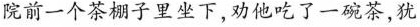
院前一个茶棚子里坐下，劝他吃了一碗茶，犹